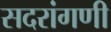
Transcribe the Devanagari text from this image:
सदरांगणी